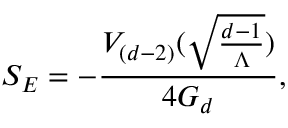
S _ { E } = - \frac { V _ { ( d - 2 ) } ( \sqrt { \frac { d - 1 } { \Lambda } } ) } { 4 G _ { d } } ,